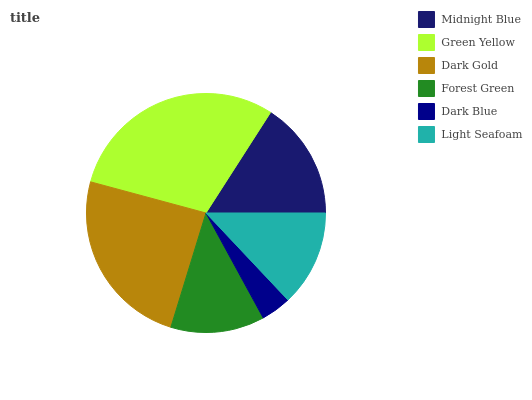
| Midnight Blue | Green Yellow | Dark Gold | Forest Green | Dark Blue | Light Seafoam |
 | --- | --- | --- | --- | --- | --- |
 | 15.9% | 29.9% | 24.5% | 12.7% | 4.07% | 13% |